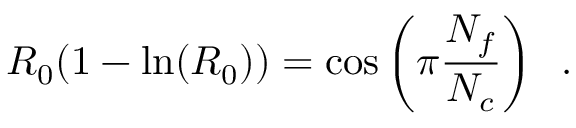
R _ { 0 } ( 1 - \ln ( R _ { 0 } ) ) = \cos \left( \pi \frac { N _ { f } } { N _ { c } } \right) \; \; .